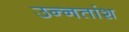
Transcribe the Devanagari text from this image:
उन्‍नतांश